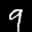
Label: 9